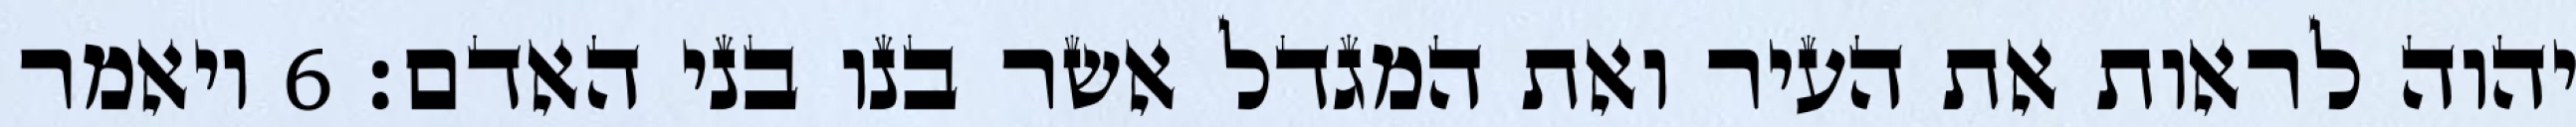
יהוה לראות את העיר ואת המגדל אשר בנו בני האדם׃ ‎6‏ ויאמר